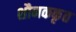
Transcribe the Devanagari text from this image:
शौनककृत